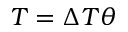
T = \Delta T \theta